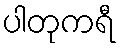
ပါတုကရီ